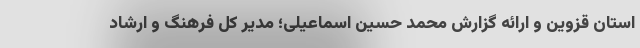
استان قزوین و ارائه گزارش محمد حسین اسماعیلی؛ مدیر کل فرهنگ و ارشاد